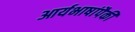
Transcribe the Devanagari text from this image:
आर्यभाषांपैकी